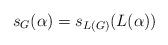
LaTeX: \begin{align*}s_G(\alpha)=s_{L(G)}(L(\alpha))\end{align*}